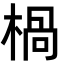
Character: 楇